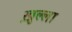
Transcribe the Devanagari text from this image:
ख़ुल्ला